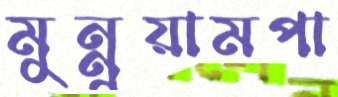
মুন্নুয়ামপা